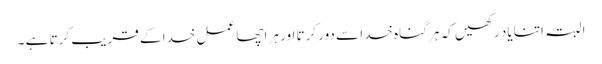
البتہ اتنا یاد رکھیں کہ ہر گناہ خدا سے دور کرتا اور ہر اچھا عمل خدا کے قریب کرتا ہے ۔